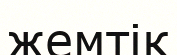
жемтік